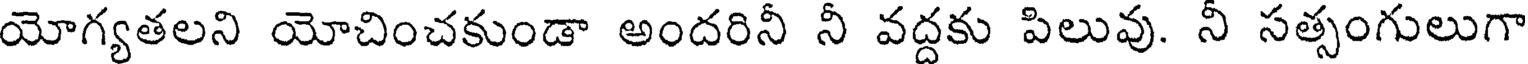
యోగ్యతలని యోచించకుండా అందరినీ నీ వద్దకు పిలువు. నీ సత్సంగులుగా